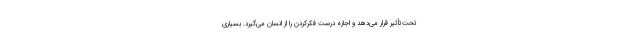
تحت‌تأثیر قرار می‌دهد و اجازه درست فکرکردن را از انسان می‌گیرد. بسیاری